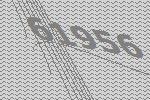
61956